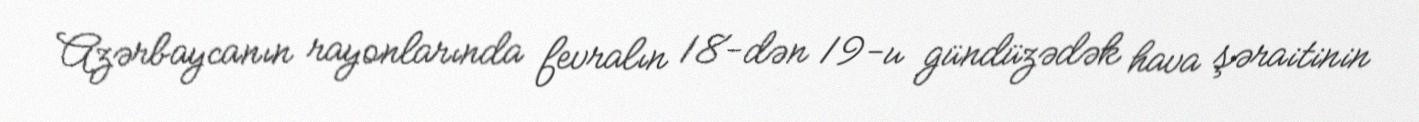
Azərbaycanın rayonlarında fevralın 18-dən 19-u gündüzədək hava şəraitinin